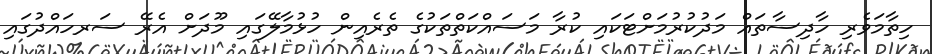
ހިތާމަވެރި ހާދިސާތައް މަދުކުރުމަށްޓަކައި ކުރާ މަސައްކަތްތަކުގެ ތެރެއިން ހުޅުމާލޭގައި މޫދަށް އެރޭ ސަރހައްދުގައި